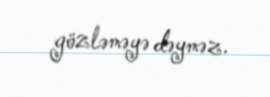
gözləməyə dəyməz.